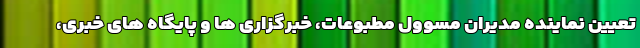
تعیین نماینده مدیران مسوول مطبوعات، خبرگزاری ها و پایگاه های خبری،